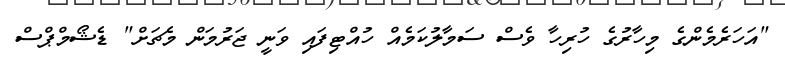
"އަހަރެމެންގެ މިހާރުގެ ހުރިހާ ވެސް ސަމާލުކަމެއް ހުއްޓިފައި ވަނީ ޖަރުމަން މެޗަށް" ޑެޝޯމްޕްސް